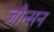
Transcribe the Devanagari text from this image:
जौन्सन